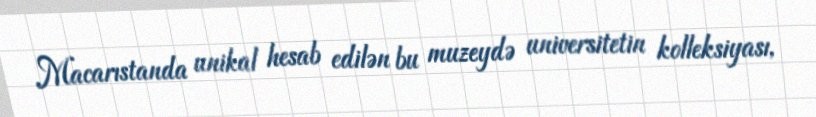
Macarıstanda unikal hesab edilən bu muzeydə universitetin kolleksiyası,